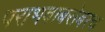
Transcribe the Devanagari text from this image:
पराभवाबरोबरच